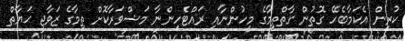
ކުރިން އެކަމާބެހޭ ގޮތުން ގާތްތިމާގެ މީހުންނާއި ރައްޓެހިންނާ މަޝްވަރާކޮށް ތިމާގެ ޒަވާޖީ ޙަޔާތް